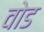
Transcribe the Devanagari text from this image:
वोड